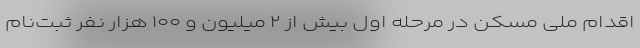
اقدام ملی مسکن در مرحله اول بیش از ۲ میلیون و ۱۰۰ هزار نفر ثبت‌نام